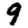
Digit: 9